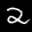
Label: 2